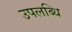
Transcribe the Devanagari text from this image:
उपलब्धि